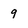
Character: 9